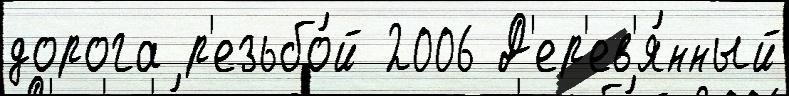
дорога р'езьбо́й 2006 Д'ер'ев'я́нный